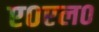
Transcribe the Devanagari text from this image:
ए०एल०